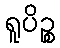
ရူပိဉ္စ